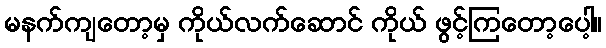
မနက်ကျတော့မှ ကိုယ်လက်ဆောင် ကိုယ် ဖွင့်ကြတော့ပေါ့။